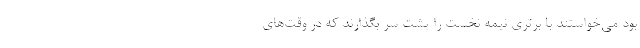
بود می‌خواستند با برتری نیمه نخست را پشت سر بگذارند که در وقت‌های